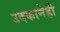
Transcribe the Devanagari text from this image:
उदकानेही